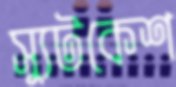
স্যুটকেশ